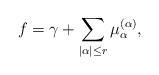
LaTeX: \begin{align*}f= \gamma + \sum_{|\alpha|\leq r} \mu_{\alpha}^{(\alpha)},\end{align*}